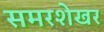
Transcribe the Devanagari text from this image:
समरशेखर